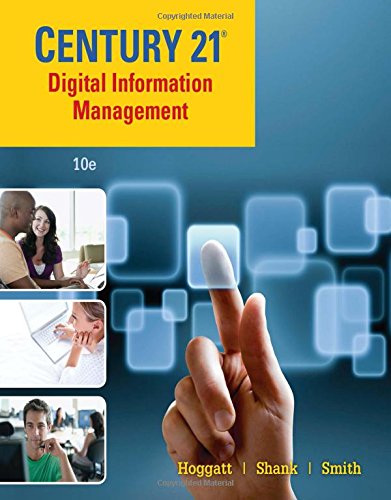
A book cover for Century 21 Digital Information Management, Lessons 1-145 (Century 21 Keyboarding); Jack P. Hoggatt; Teen & Young Adult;